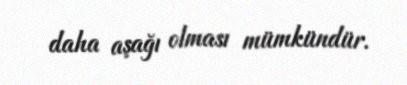
daha aşağı olması mümkündür.